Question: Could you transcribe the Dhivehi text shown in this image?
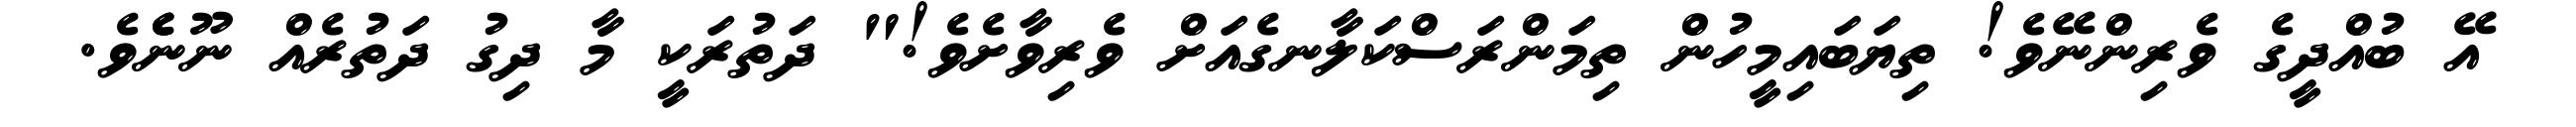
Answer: އޭ ބުއްދީގެ ވެރިންނޭވެ! ތިޔަބައިމީހުން ތިމަންރަސްކަލާނގެއަށް ވެރިވާށެވެ!" ދަތުރަކީ މާ ދިގު ދަތުރެއް ނޫނެެެވެ.